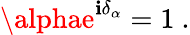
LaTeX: \alphae^{\mathbf{i}\delta_{\alpha}}=1\ .